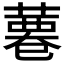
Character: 𦸊